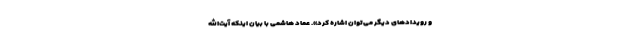
و رویدادهای دیگر می‌توان اشاره کرد». عماد هاشمی با بیان اینکه آیت‌الله